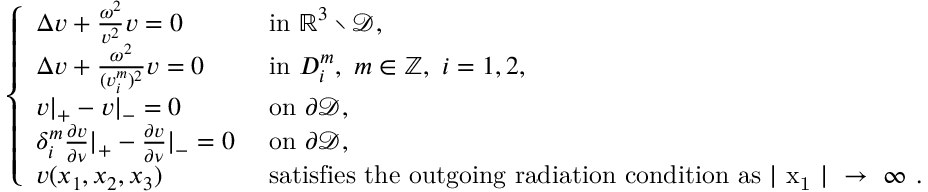
\begin{array} { r } { \left\{ \begin{array} { l l } { \Delta v + \frac { \omega ^ { 2 } } { v ^ { 2 } } v = 0 } & { \mathrm { ~ i n ~ } \mathbb { R } ^ { 3 } \setminus \mathcal { D } , } \\ { \Delta v + \frac { \omega ^ { 2 } } { ( v _ { i } ^ { m } ) ^ { 2 } } v = 0 } & { \mathrm { ~ i n ~ } D _ { i } ^ { m } , ~ m \in \mathbb { Z } , ~ i = 1 , 2 , } \\ { v \rvert _ { + } - v \rvert _ { - } = 0 } & { \mathrm { ~ o n ~ } \partial \mathcal { D } , } \\ { \delta _ { i } ^ { m } \frac { \partial v } { \partial \nu } \rvert _ { + } - \frac { \partial v } { \partial \nu } \rvert _ { - } = 0 } & { \mathrm { ~ o n ~ } \partial \mathcal { D } , } \\ { v ( x _ { 1 } , x _ { 2 } , x _ { 3 } ) } & { \mathrm { ~ s a t i s f i e s ~ t h e ~ o u t g o i n g ~ r a d i a t i o n ~ c o n d i t i o n ~ a s ~ \lvert ~ x _ 1 ~ \rvert ~ \rightarrow ~ \infty ~ . } } \end{array} \right. } \end{array}